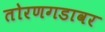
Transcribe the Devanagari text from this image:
तोरणगडावर